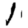
Digit: 1